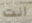
انت